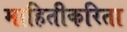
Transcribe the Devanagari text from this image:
माहितीकरिता